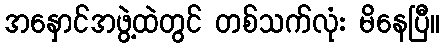
အနှောင်အဖွဲ့ထဲတွင် တစ်သက်လုံး မိနေပြီ။